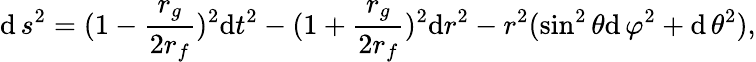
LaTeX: \mathrm{d}\, s^{2}=(1-\frac{{r_{g}}}{{2r_{f}}})^{2}\mathrm{d}t^{2}-(1+\frac{{r_{g}}}{{2r_{f}}})^{2}\mathrm{d}r^{2}-r^{2}(\sin^{2}\theta\mathrm{d}\, \varphi^{2}+\mathrm{d}\, \theta^{2}),